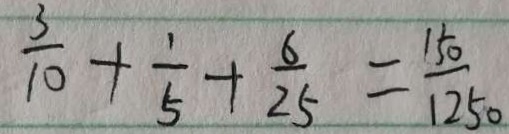
\frac { 3 } { 1 0 } + \frac { 1 } { 5 } + \frac { 6 } { 2 5 } = \frac { 1 5 0 } { 1 2 5 0 }